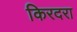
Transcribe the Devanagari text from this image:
किरदरा